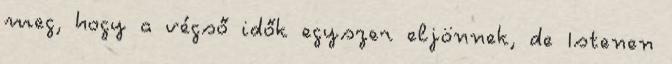
meg, hogy a végső idők egyszer eljönnek, de Istenen